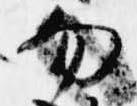
勿